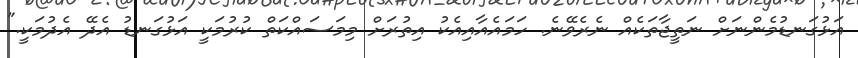
އަޅުގަނޑުމެންނަށް ނަތީޖާތަކެއް ނެރެވޭނެ. ހަމައެއާއިއެކު އިތުރަށް މިމަސައްކަތް ކުރުމަކީ އަޅުގަނޑު އެދޭ އެދުމަކީ."